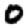
Digit: 0